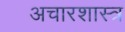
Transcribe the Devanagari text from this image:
अचारशास्त्र